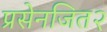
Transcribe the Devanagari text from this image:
प्रसेनजित२